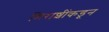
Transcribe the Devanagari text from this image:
मिराशींकडून